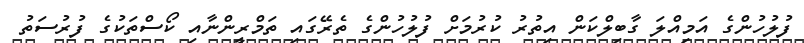
ފުލުހުންގެ އަމިއްލަ ގާބިލްކަން އިތުރު ކުރުމަށް ފުލުހުންގެ ތެރޭގައި ތަމްރީންނާއި ކޯސްތަކުގެ ފުރުސަތު